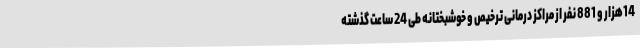
14هزار و 881 نفر از مراکز درمانی ترخیص و خوشبختانه طی 24 ساعت گذشته